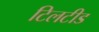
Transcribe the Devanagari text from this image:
टिलटीड